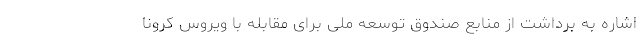
اشاره به برداشت از منابع صندوق توسعه ملی برای مقابله با ویروس کرونا